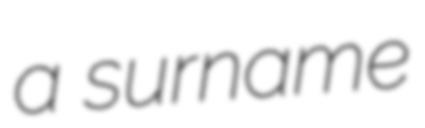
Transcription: a surname